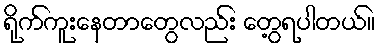
ရိုက်ကူးနေတာတွေလည်း တွေ့ရပါတယ်။